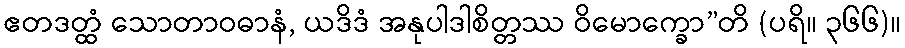
ဧတဒတ္ထံ သောတာဝဓာနံ, ယဒိဒံ အနုပါဒါစိတ္တဿ ဝိမောက္ခော”တိ (ပရိ။ ၃၆၆)။